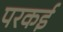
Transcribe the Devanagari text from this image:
परकई